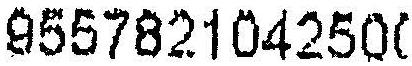
9557821042500